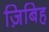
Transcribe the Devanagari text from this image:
ज़िबिह